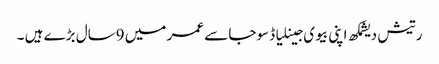
رتیش دیشمکھ اپنی بیوی جینلیا ڈسوجا سے عمر میں 9سال بڑے ہیں ۔